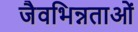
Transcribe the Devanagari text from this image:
जैवभिन्नताओं